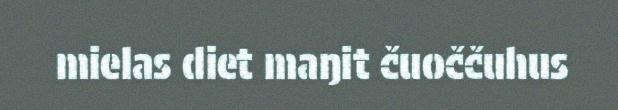
mielas diet maŋit čuoččuhus